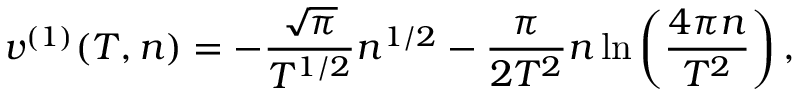
v ^ { ( 1 ) } ( T , n ) = - \frac { \sqrt { \pi } } { T ^ { 1 / 2 } } n ^ { 1 / 2 } - \frac { \pi } { 2 T ^ { 2 } } n \ln \left( \frac { 4 \pi n } { T ^ { 2 } } \right) ,